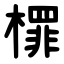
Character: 檌